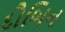
દૌબિન